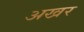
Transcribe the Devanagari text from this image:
अखर